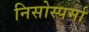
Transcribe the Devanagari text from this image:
निसोस्पर्मा